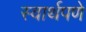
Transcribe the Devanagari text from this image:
स्वार्थपणे